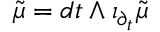
{ \tilde { \mu } } = d t \wedge \iota _ { \partial _ { t } } { \tilde { \mu } }